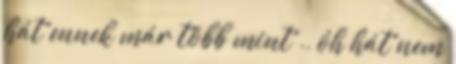
hát ennek már több mint ., óh hát nem